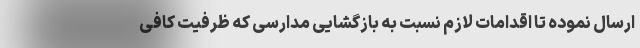
ارسال نموده تا اقدامات لازم نسبت به بازگشایی مدارسی که ظرفیت کافی